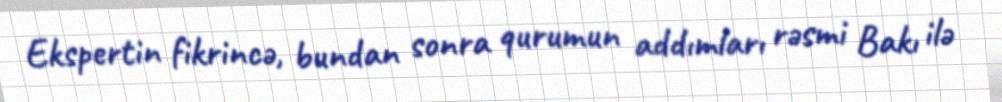
Ekspertin fikrincə, bundan sonra qurumun addımları rəsmi Bakı ilə